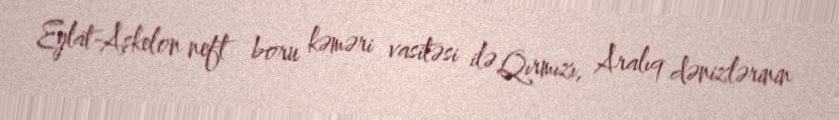
Eylat-Aşkelon neft boru kəməri vasitəsi ilə Qırmızı, Aralıq dənizlərinin